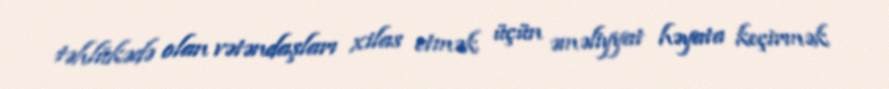
təhlükədə olan vətəndaşları xilas etmək üçün əməliyyat həyata keçirmək